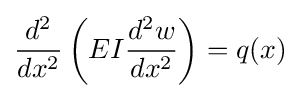
{\frac {d^{2}}{dx^{2}}}\left(EI{\frac {d^{2}w}{dx^{2}}}\right)=q(x)